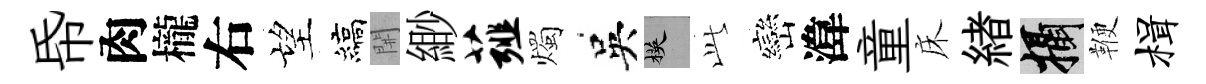
帋肉櫳右望縞𨳩緲薤燭吳楧𬼘巒湋童床緖攝鞭楫